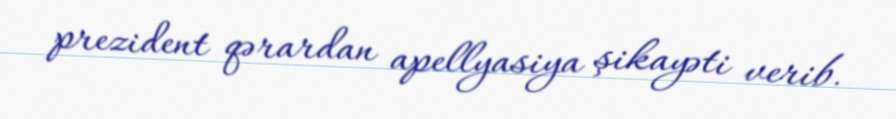
prezident qərardan apellyasiya şikayəti verib.